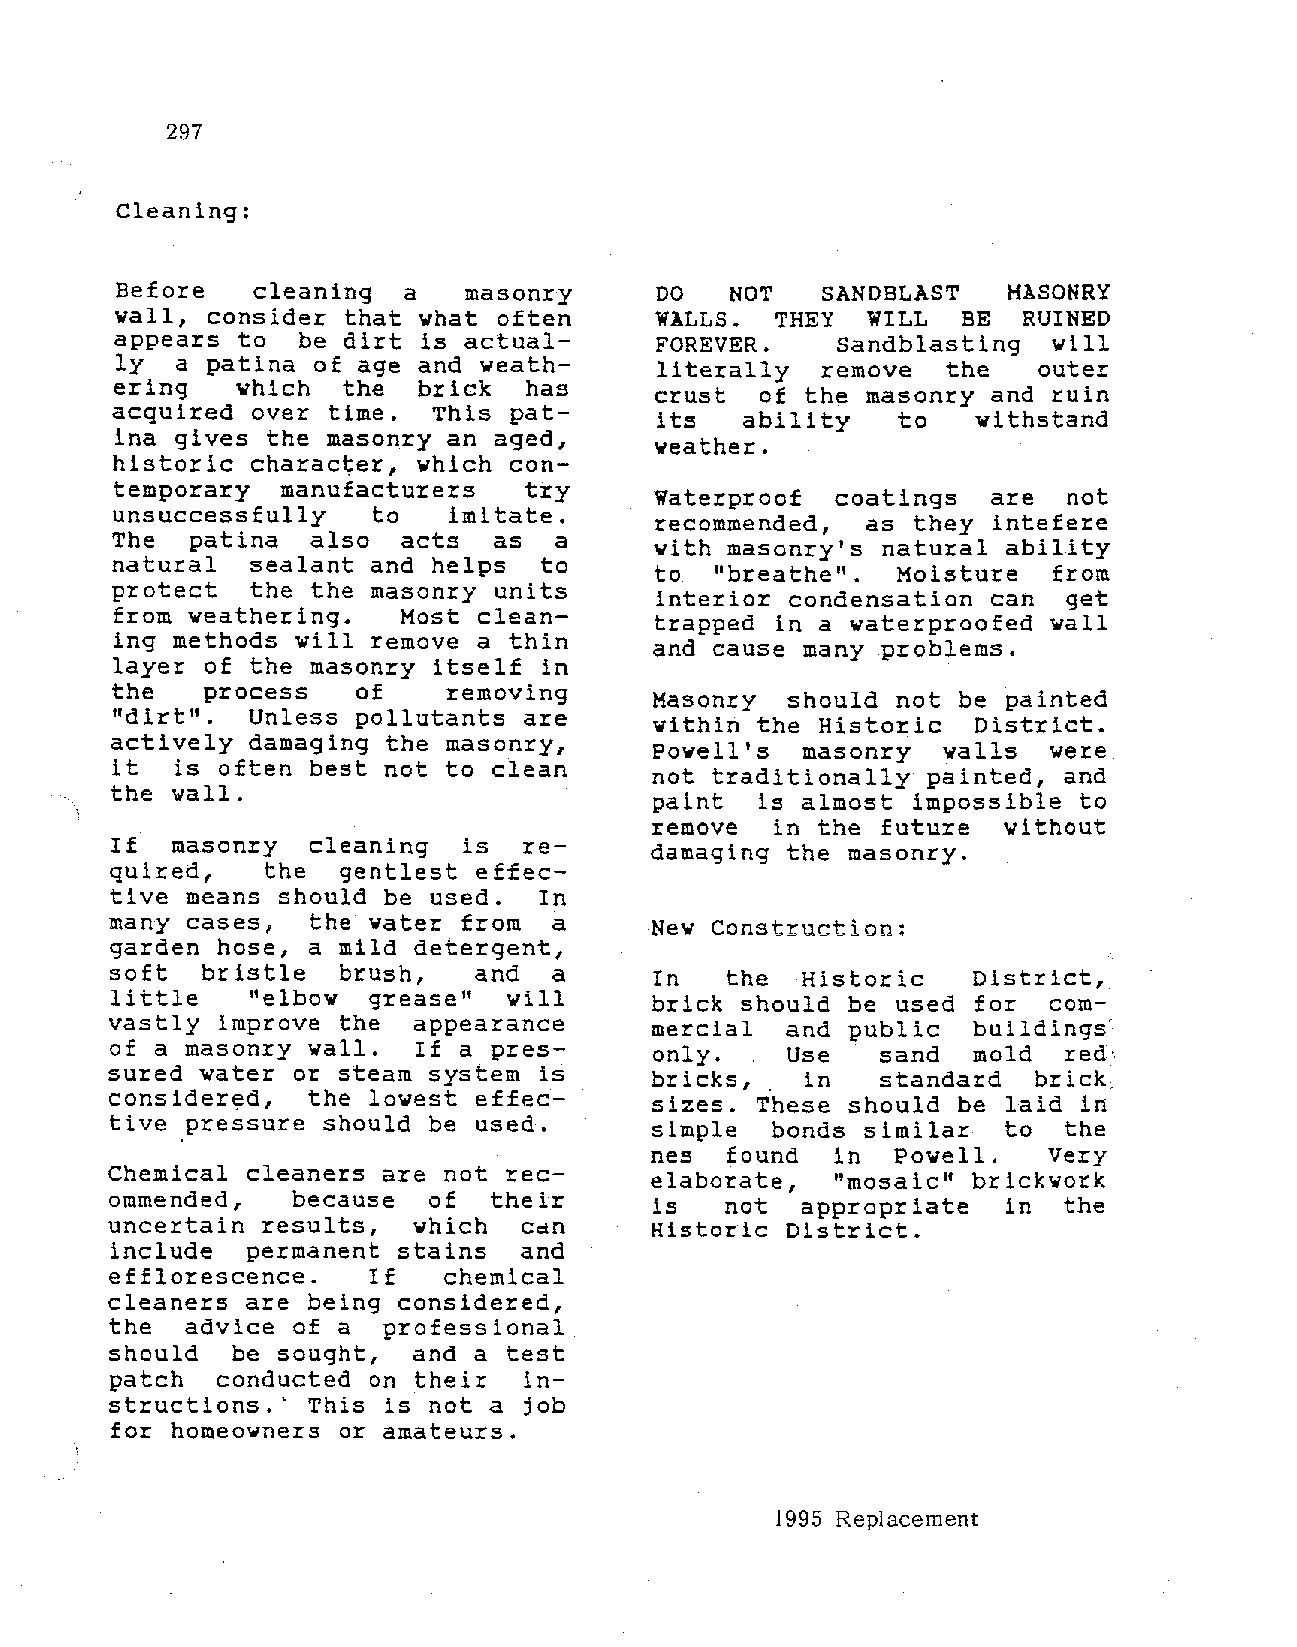
297
 Cleaning:
 Before   cleaning  a   masonry     DO   NOT   SANDBLAST    MASONRY
 vall, consider that what often     WALLS.  THEY  WILL   BE  RUINED
 appears to  be dirt is actual      FOREVER.    Sandblasting   will
 ly  a patina of age and weath       literally remove   the   outer
 ering   which  the  brick  has
 crust  of the masonry  and ruin
 acquired over time.  This pat
 its  ability   to    withstand
 ina gives the masonry an aged,
 weather.
 historic character, which con
 temporary  manufacturers   try
 Waterproof  coatings   are  not
 unsuccessfully   to   imitate.
 recommended,  as  they intefere
 The  patina  also  acts  as  a
 with masonry's natural  ability
 natural  sealant and helps  to
 to  "breathe".  Moisture   from
 protect  the the masonry units
 interior condensation  can  get
 from weathering.   Most clean
 trapped in a waterproofed  wall
 ing methods will remove a thin
 and cause many problems.
 layer of the masonry itself in
 the   process   of    removing
 Masonry  should not  be painted
 "dirt".  Unless pollutants are
 within the Historic   District.
 actively  damaging the masonry,
 Powell's  masonry  valls   were
 it  is often best not to clean
 not traditionally painted, and
 the wall.
 paint  is almost impossible to
 remove  in the future  without
 If  masonry   cleaning  is  re
 damaging the masonry.
 quired,    the  gentlest effec
 tive means  should be used.  In
 many cases,   the water from  a     New Construction:
 garden hose,  a mild detergent,
 soft  bristle   brush,   and  a     In   the  Historic   District,
 little    "elbow  grease"  will     brick should be used  for  com
 vastly  improve the appearance      mercial  and public  buildings
 of a masonry  vall.  If a pres      only.    Use   sand  mold   red;
 sured water  or steam system is     bricks,   in   standard   brick,
 consider~d,   the lowest effec      sizes. T.hese should be laid in
 tive pressure should  be used.      simple  bonds similar   to  the
 nes  found  in  Powell.   Very
 Chemical cleaners are not  rec
 elaborate,  "mosaic" brickwork
 ommended,   because  of   their
 is   not  appropriate   in the
 uncertain results,  which   can     Historic District.
 include  permanent stains   and
 efflorescence.    If  chemical
 cleaners are  being considered,
 the  advice of a  professional
 should  be sought,  and a  test
 patch  conducted  on their  in
 structions.' This  is not a job
 for homeowners  or amateurs.
 1995 Replacement